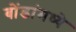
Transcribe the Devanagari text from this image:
बोंडांमध्ये